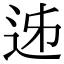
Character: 𨒉